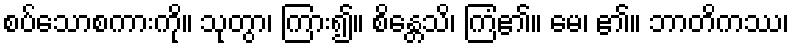
စပ်သောစကားကို။ သုတွာ၊ ကြား၍။ စိန္တေသိ၊ ကြံ၏။ မေ၊ ၏။ ဘာတိကဿ၊